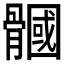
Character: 𩪐